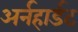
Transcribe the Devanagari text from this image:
अर्नहार्डट